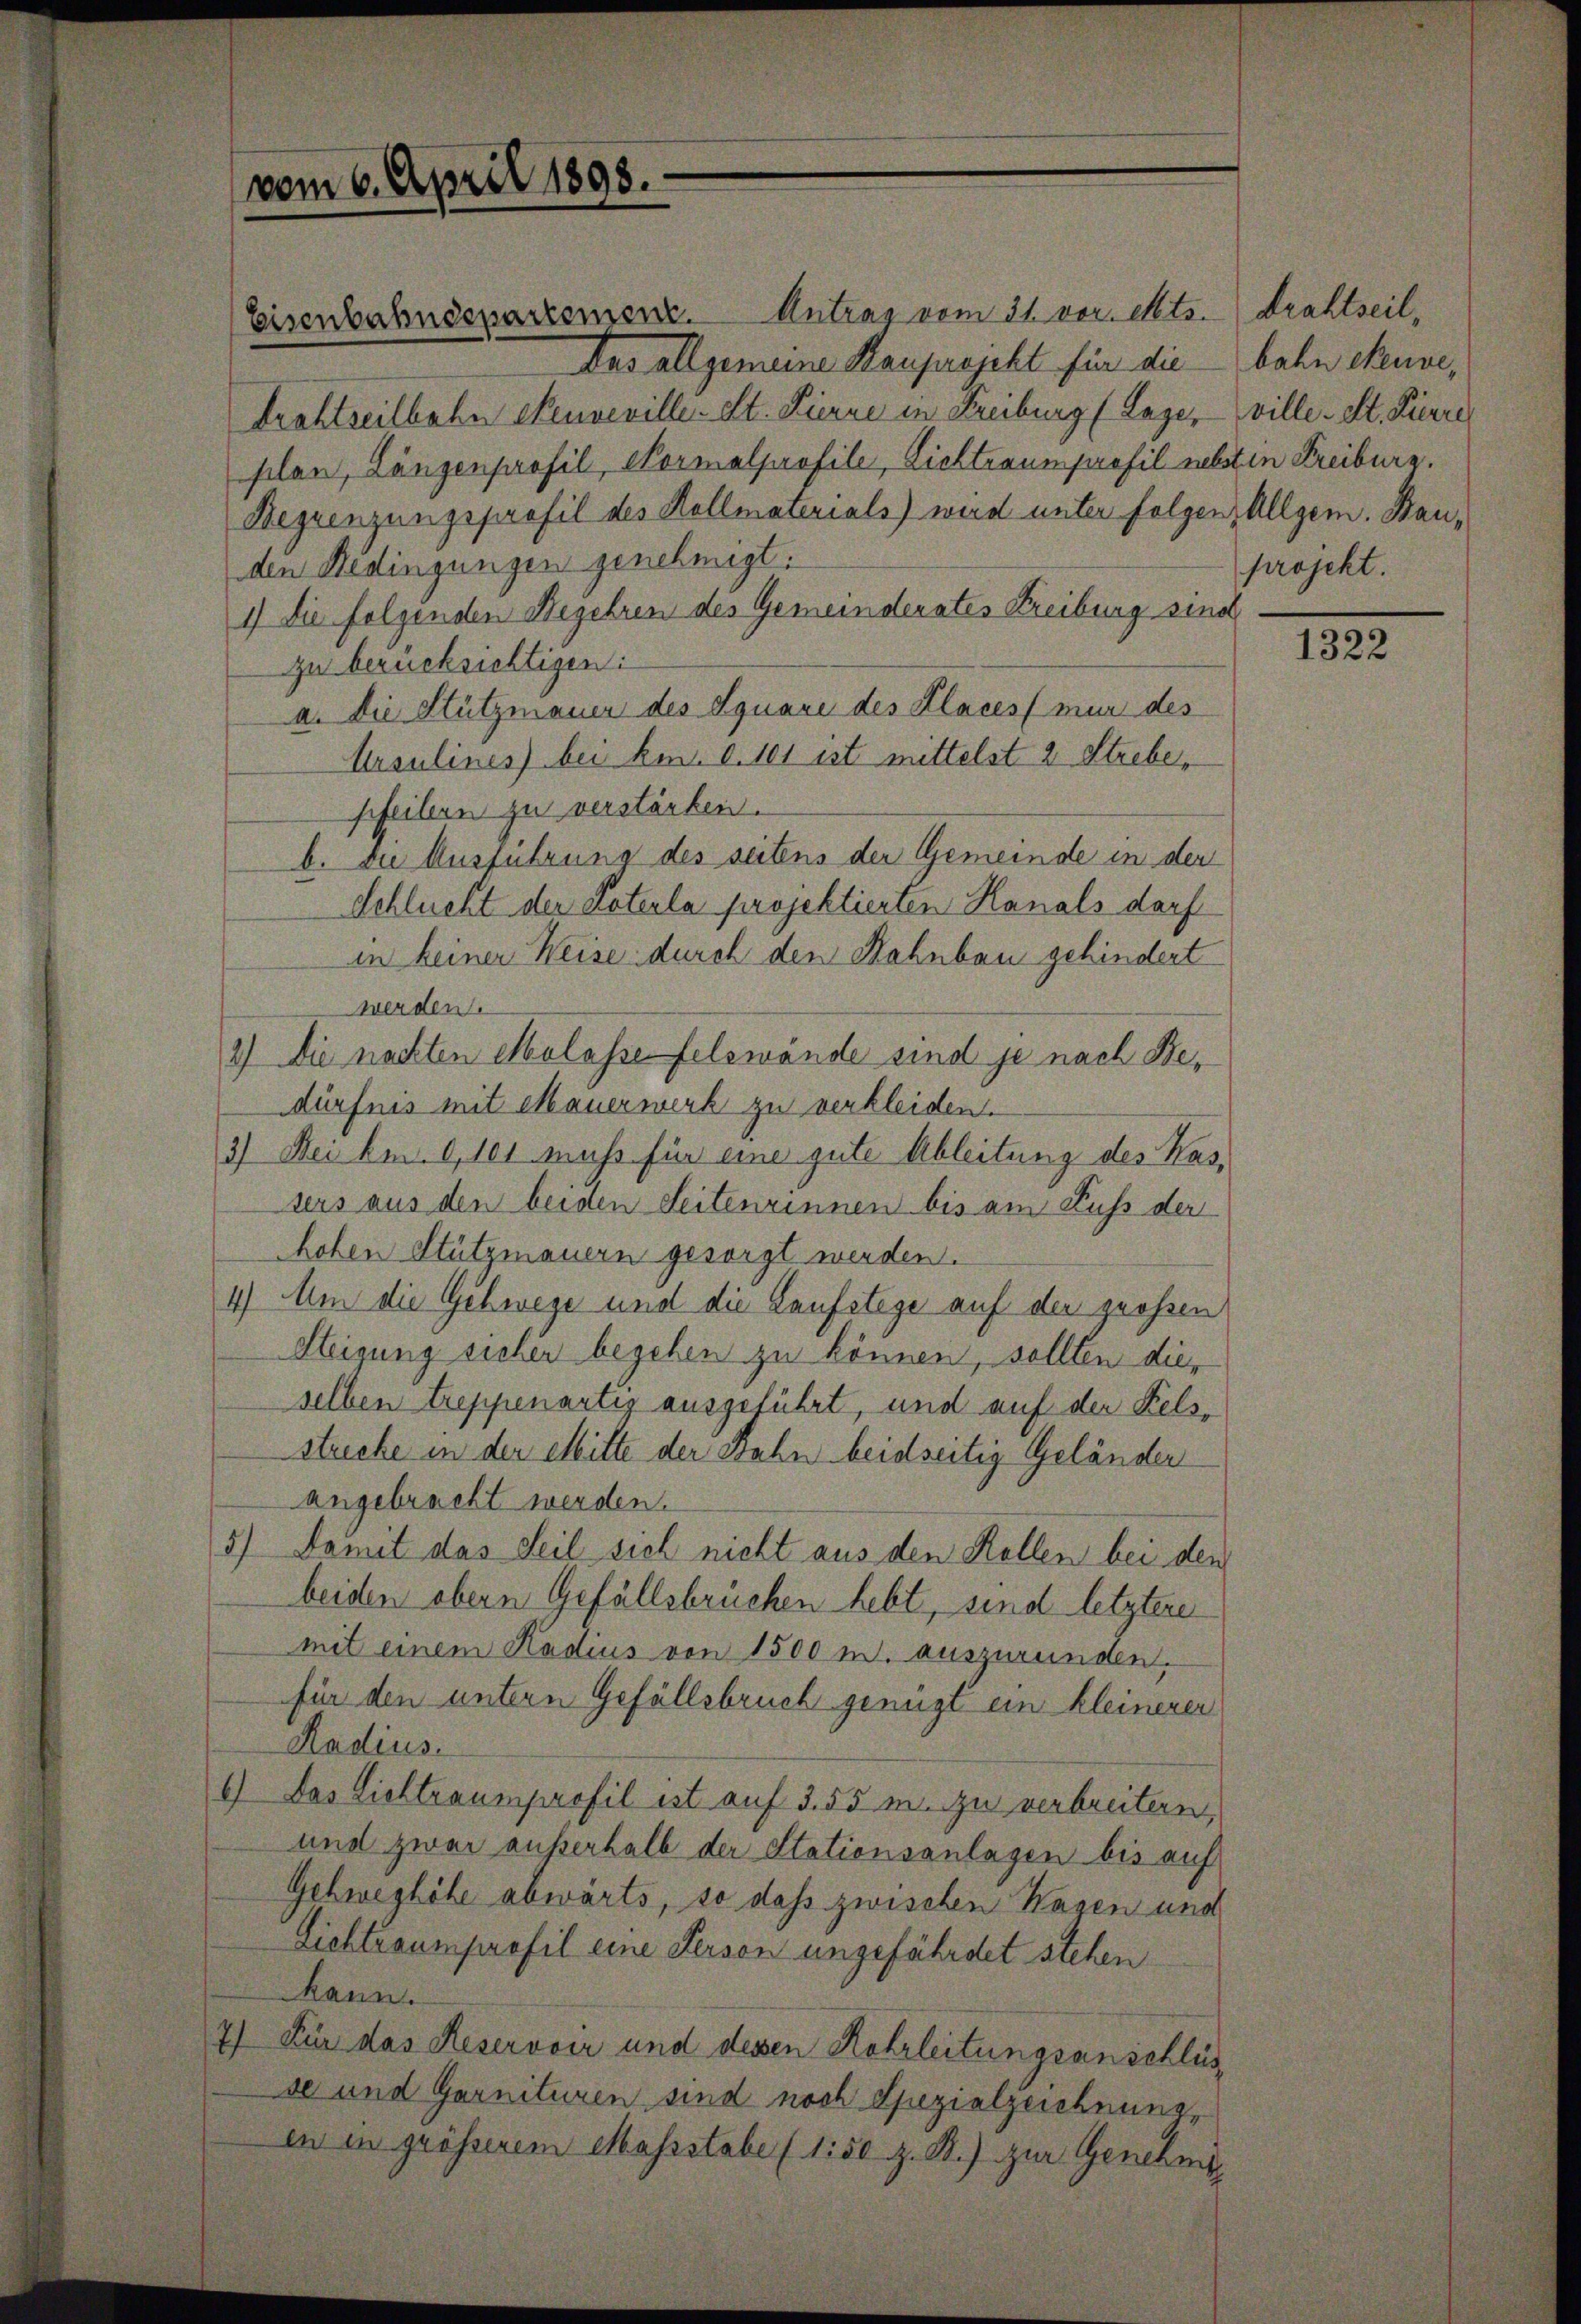
vom 6. April 1898.

Eisenbahndepartement. Antrag vom 31. vor. Mts.
Das allgemeine Hauprojekt für die bahn ekenne,
tröhtzeitbahn Neuveville - St. Pierre in Freiburg (Lager
plan, Längenprofil, Normalprofile, Lichtraumprofil nebsten Freiburg.
Begrenzungsprofil des Hollmaterials) wird unter Folgen, Allgem. Bauden Bedingungen genehmigt.
1) Die folgenden Begehren des Gemeinderates Freibung sind
zu berücksichtigen:
a. Die Stützmauer des Syuare des Klaces mur des
Ursulines) bei ken. d. 101 ist mittelst 2 Strebe,
pfeilern zu verstärken.
b. Die Ausführung des seitens der Gemeinde in der
Schlucht der Poteula projektierten Hanals darf
in keiner Weise durch den Bahnbau gehindert
werden.
2) Die nachten Molasse felswände sind je nach Bedürfnis mit Mauerwerk zu verkleiden.
3) Bei km 0,101 muss für eine gute Ableitung des Kassers aus den beiden Seitenrinnen bis am Fuss der
hohen Stützmauern gesorgt werden.
4) Am die Gehwege und die Laufstege auf der großen
Steigung sicher begehen zu können, sollten dies
selben treppenartig ausgeführt, und auf der Kelsstricke in der Mitte der Bahn beidseitig Geländer
angebracht werden.
5) Damit das Teil sich nicht aus den Kollen bei den
beiden obern Gefällsbrüchen hebt, sind letztere
mit einem Radius von 1500 m. auszurunden.
für den untern Gefällsbruch genügt ein kleinerer
Radius.
6) Das Lichtraumprofil ist auf 3. 55 m. zu verbreitern
und zwar außerhalb der Stationsanlagen bis auf
Gehweghöhe abwärts, so dass zwischen Wagen und
Lichtraumprofil eine Fersen ungefährdet stehen.
Mann.
7) Für das Reservoir und dessen Rohrleitungsanschlüsse und Garnituren sind noch Spezialzeichnung,
en in grösserem Massstabe (1150 z. B.) zur Genehmi¬

.

drahtseil,
ville. St. Pierre
projekt.

1322